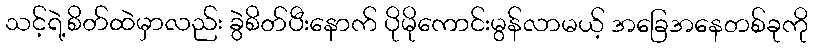
သင့်ရဲ့စိတ်ထဲမှာလည်း ခွဲစိတ်ပီးနောက် ပိုမိုကောင်းမွန်လာမယ့် အခြေအနေတစ်ခုကို